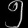
Digit: ၅